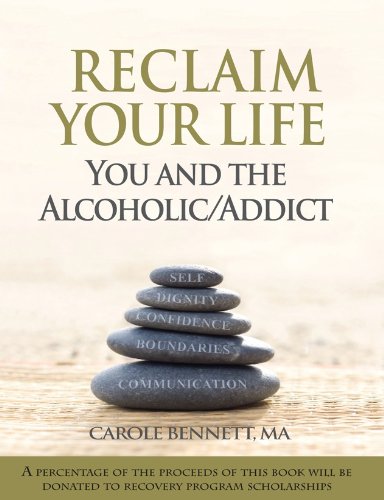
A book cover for Reclaim Your Life: You and the Alcoholic/Addict; CAROLE BENNETT  MA; Health, Fitness & Dieting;